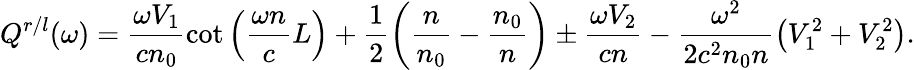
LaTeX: Q^{r/l}(\omega)=\frac{\omega V_{1}}{cn_{0}}\cot\left(\frac{\omega n}{c}L\right)+\frac{1}{2}\bigg(\frac{n}{n_{0}}-\frac{n_{0}}{n}\bigg)\pm\frac{\omega V_{2}}{cn}-\frac{\omega^{2}}{2c^{2}n_{0}n}\left(V_{1}^{2}+V_{2}^{2}\right).